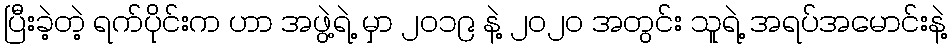
ပြီးခဲ့တဲ့ ရက်ပိုင်းက ဟာ အဖွဲ့ရဲ့ မှာ ၂၀၁၉ နဲ့ ၂၀၂၀ အတွင်း သူရဲ့ အရပ်အမောင်းနဲ့